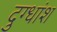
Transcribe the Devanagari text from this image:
दुग्धांश